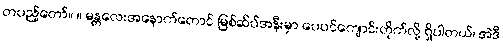
တပည့်တော်။ ။ မန္တလေးအနောက်တောင် မြစ်ဆိပ်အနီးမှာ ပေပင်ကျောင်းတိုက်လို့ ရှိပါတယ်၊ အဲဒီ